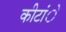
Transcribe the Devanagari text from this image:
कीटांे